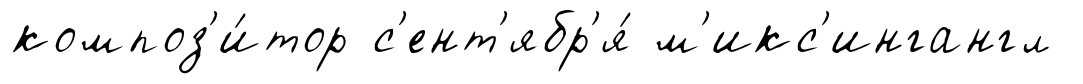
композ'и́тор с'ент'ябр'я́ м'икс'ингангл